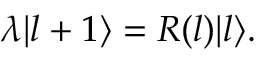
\lambda | l + 1 \rangle = R ( l ) | l \rangle .